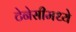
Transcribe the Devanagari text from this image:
टेनेसीमध्ये